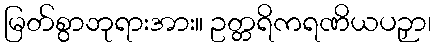
မြတ်စွာဘုရားအား။ ဥတ္တရိကရဏိယပဉှာ၊